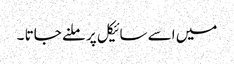
میں اسے سائیکل پر ملنے جاتا ۔